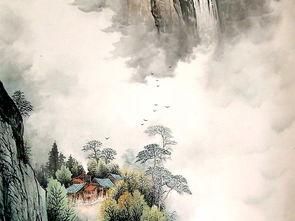
故人相望若为情。别愁深夜雨，孤影小窗灯。